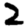
Digit: 2